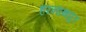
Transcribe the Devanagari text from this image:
हरनाथपुर